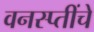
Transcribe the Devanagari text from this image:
वनस्प्तींचे